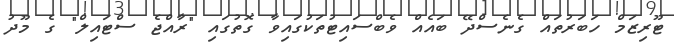
ޓޫރިޒަމް ހަބަރުތައް ގެނެސްދޭ ބައެއް ވެބްސައިޓުތަކުގައިވާ ގޮތުގައި "ރާއްޖެ ސްޓައިލް" ގެ މޫދު